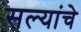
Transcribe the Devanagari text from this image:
सल्यांचे